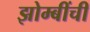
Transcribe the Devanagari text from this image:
झोम्बींची